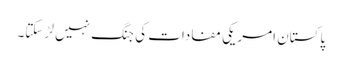
پاکستان امریکی مفادات کی جنگ نہیں لڑ سکتا۔